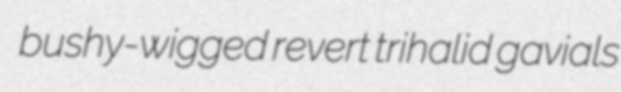
bushy-wigged revert trihalid gavials